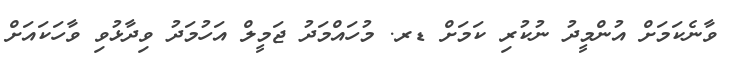
ވާނެކަމަށް އުންމީދު ނުކުރި ކަމަށް ޑރ. މުހައްމަދު ޖަމީލް އަހުމަދު ވިދާޅުވި ވާހަކައަށް